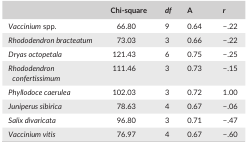
<table><thead><tr><td></td><td><b>Chi‐square</b></td><td><b><i>df</i></b></td><td><b>A</b></td><td><b><i>r</i></b></td></tr></thead><tbody><tr><td><i>Vaccinium</i> spp.</td><td>66.80</td><td>9</td><td>0.64</td><td>−.22</td></tr><tr><td><i>Rhododendron bracteatum</i></td><td>73.03</td><td>3</td><td>0.66</td><td>−.22</td></tr><tr><td><i>Dryas octopetala</i></td><td>121.43</td><td>6</td><td>0.75</td><td>−.25</td></tr><tr><td><i>Rhododendron confertissimum</i></td><td>111.46</td><td>3</td><td>0.73</td><td>−.15</td></tr><tr><td><i>Phyllodoce caerulea</i></td><td>102.03</td><td>3</td><td>0.72</td><td>1.00</td></tr><tr><td><i>Juniperus sibirica</i></td><td>78.63</td><td>4</td><td>0.67</td><td>−.06</td></tr><tr><td><i>Salix divaricata</i></td><td>96.80</td><td>3</td><td>0.71</td><td>−.47</td></tr><tr><td><i>Vaccinium vitis</i></td><td>76.97</td><td>4</td><td>0.67</td><td>−.60</td></tr></tbody></table>